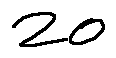
2 0